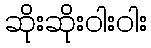
ဆိုးဆိုးဝါးဝါး